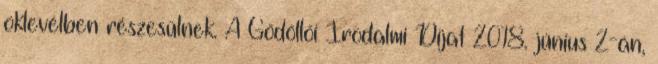
oklevélben részesülnek. A Gödöllői Irodalmi Díjat 2018. június 2-án,